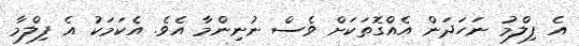
އެ ފިލްމު ނަހަދަން އެއްގޮތަކަށް ވެސް ނުނިންމާ އެވެ. އެކަމަކު އެ ފިލްމާ